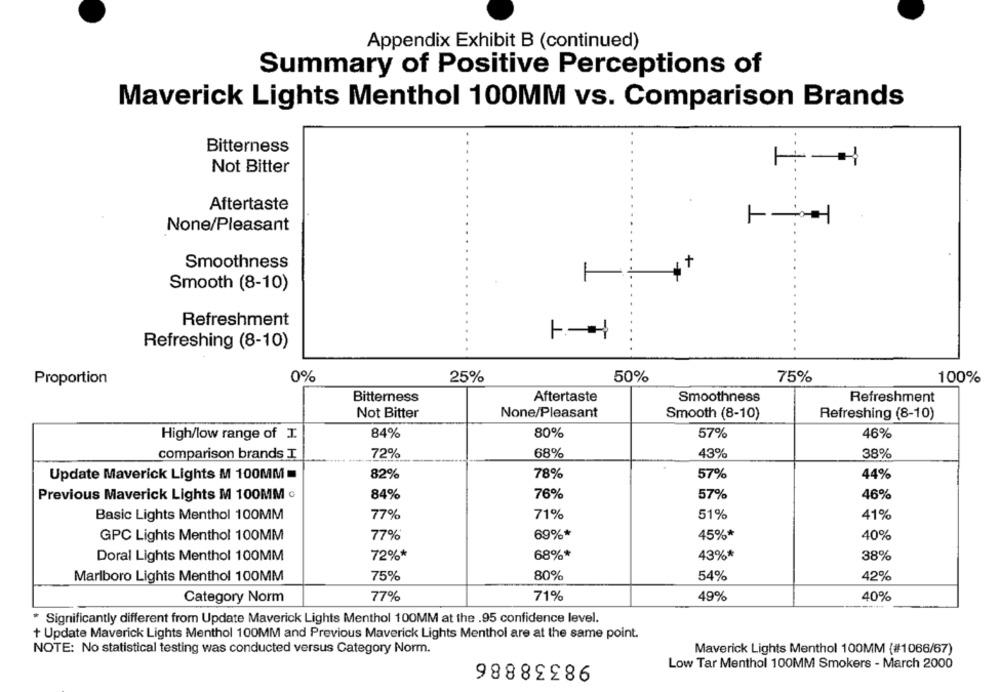
Appendix Exhibit B (continued)
Summary of Positive Perceptions of
Maverick Lights Menthol 100MM vs. Comparison Brands
Bitterness
Not Bitter
Aftertaste
None/Pleasant
Smoothness
+
Smooth (8-10)
T
Refreshment
Refreshing (8-10)
Proportion
0%
25%
50%
75%
100%
Bitterness
Aftertaste
Smoothness
Refreshment
Not Bitter
None/Pleasant
Smooth (8-10)
Refreshing (8-10)
High/low range of I.
84%
80%
57%
46%
comparison brands I
72%
68%
43%
38%
Update Maverick Lights M 100MM =
82%
78%
57%
44%
Previous Maverick Lights M 100MM c
84%
76%
57%
46%
Basic Lights Menthol 100MM
77%
71%
51%
41%
GPC Lights Menthol 100MM
77%
69%*
45%*
40%
Doral Lights Menthol 100MM
72%*
68%*
43%*
38%
Marlboro Lights Menthol 100MM
75%
80%
54%
42%
Category Norm
77%
71%
49%
40%
* Significantly different from Update Maverick Lights Menthol 100MM at the .95 confidence level.
+ Update Maverick Lights Menthol 100MM and Previous Maverick Lights Menthol are at the same point.
NOTE: No statistical testing was conducted versus Category Norm.
Maverick Lights Menthol 100MM (#1066/67)
98338886
Low Tar Menthol 100MM Smokers - March 2000